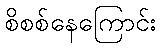
စိစစ်နေကြောင်း